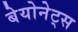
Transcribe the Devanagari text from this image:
बेयोनेट्स